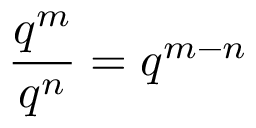
{ \frac { q ^ { m } } { q ^ { n } } } = q ^ { m - n }